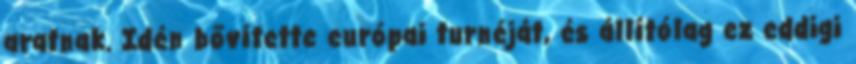
aratnak. Idén bővítette európai turnéját, és állítólag ez eddigi